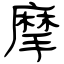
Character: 摩